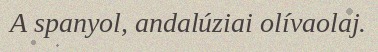
A spanyol, andalúziai olívaolaj.